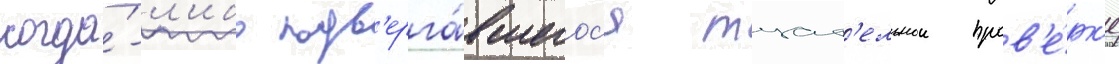
когда́-л'ибо подв'ерга́вшегос'я тщат'ельнои пров'е́рк'е